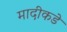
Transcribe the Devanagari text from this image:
मादीकडे